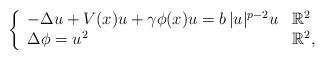
LaTeX: \begin{align*}\left\{\begin{array}{ll}- \Delta u + V(x)u + \gamma\phi(x)u = b\, |u|^{p-2}u& \mathbb{R}^2\\ \Delta \phi = u^2& \mathbb{R}^2, \end{array}\right.\end{align*}